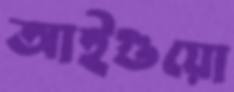
আইগুয়ো